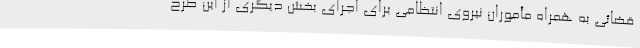
قضائی به همراه مأموران نیروی انتظامی برای اجرای بخش دیگری از این طرح